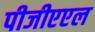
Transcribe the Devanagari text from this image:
पीजीएएल